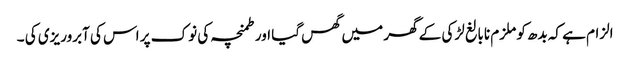
الزام ہے کہ بدھ کو ملزم نابالغ لڑکی کے گھر میں گھس گیا اور طمنچہ کی نوک پر اس کی آبروریزی کی ۔